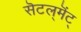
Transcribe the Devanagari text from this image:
सॆटल्‌मॆंट्